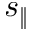
s _ { \| }